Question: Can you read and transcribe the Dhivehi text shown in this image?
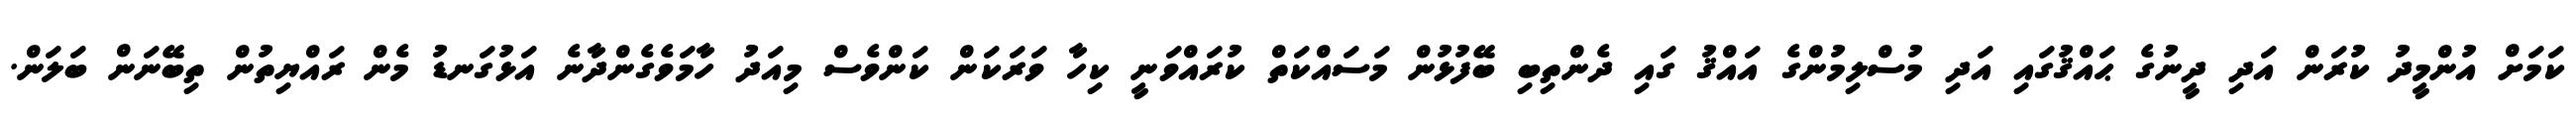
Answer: ކަމަށް އުންމީދު ކުރަން އަދި ދީނުގެ ޙައްޤުގައި އަދި މުސްލިމުންގެ އައްޤު ގައި ދެންތިބި ބޭފުޅުން މަސައްކަތް ކުރައްވަނީ ކިހާ ވަރަކަން ކަންވެސް މިއަދު ހާމަވެގެންދާނެ އަޅުގަނޑު މެން ރައްޔިތުން ތިބޭނަން ބަލަން.